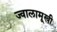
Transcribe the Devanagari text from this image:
ज्वालामूखी